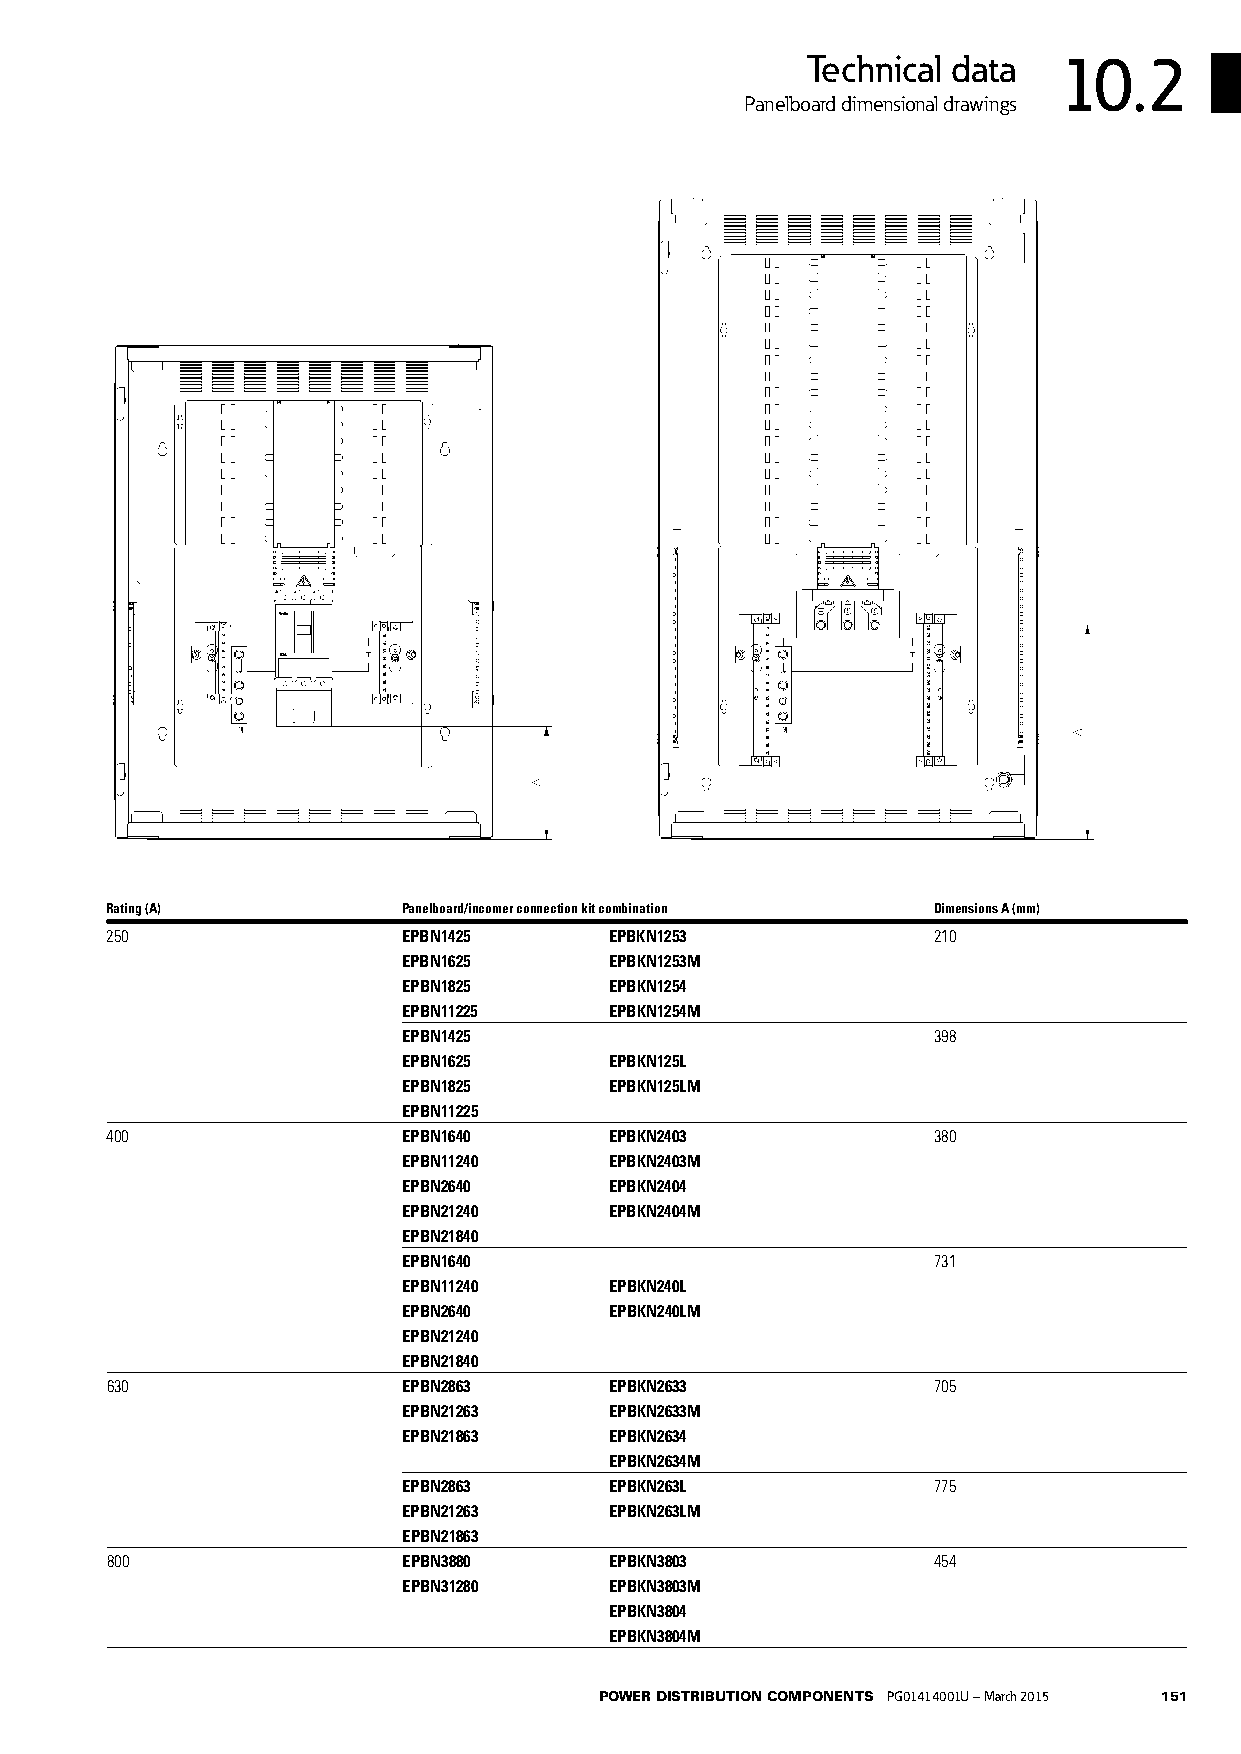
Technical data   10.2
 Panelboard dimensional drawings
 Rating (A)          Panelboard/incomer connection kit combination Dimensions A (mm)
 250                 EPBN1425     EPBKN1253             210
 EPBN1625     EPBKN1253M
 EPBN1825     EPBKN1254
 EPBN11225    EPBKN1254M
 EPBN1425                           398
 EPBN1625     EPBKN125L
 EPBN1825     EPBKN125LM
 EPBN11225
 400                 EPBN1640     EPBKN2403             380
 EPBN11240    EPBKN2403M
 EPBN2640     EPBKN2404
 EPBN21240    EPBKN2404M
 EPBN21840
 EPBN1640                           731
 EPBN11240    EPBKN240L
 EPBN2640     EPBKN240LM
 EPBN21240
 EPBN21840
 630                 EPBN2863     EPBKN2633             705
 EPBN21263    EPBKN2633M
 EPBN21863    EPBKN2634
 EPBKN2634M
 EPBN2863     EPBKN263L             775
 EPBN21263    EPBKN263LM
 EPBN21863
 800                 EPBN3880     EPBKN3803             454
 EPBN31280    EPBKN3803M
 EPBKN3804
 EPBKN3804M
 POWER DISTRIBUTION COMPONENTS PG01414001U – March 2015 151